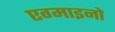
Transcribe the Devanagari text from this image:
एग्माइनो